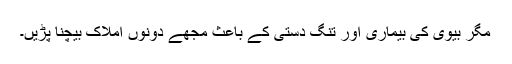
مگر بیوی کی بیماری اور تنگ دستی کے باعث مجھے دونوں املاک بیچنا پڑیں۔